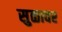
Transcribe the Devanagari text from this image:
सुळावर